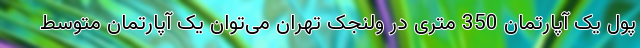
پول یک آپارتمان 350 متری در ولنجک تهران می‌توان یک آپارتمان متوسط